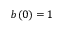
b ( 0 ) = 1